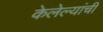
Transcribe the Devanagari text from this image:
केलेल्यांची